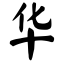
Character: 华